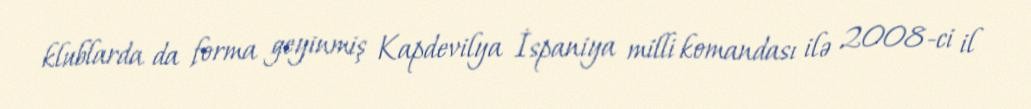
klublarda da forma geyinmiş Kapdevilya İspaniya milli komandası ilə 2008-ci il